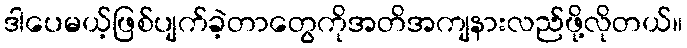
ဒါပေမယ့်ဖြစ်ပျက်ခဲ့တာတွေကိုအတိအကျနားလည်ဖို့လိုတယ်။